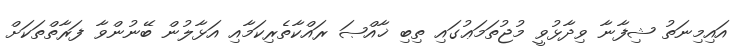
އައިމިނަތު ޝިފާނާ ވިދާޅުވީ މުޖުތަމަޢުގައި ތިބި ޚާއްޞަ ރައްކާތެރިކަމާއި އަޅާލުން ބޭނުންވާ ފަރާތްތަކަށް